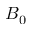
B _ { 0 }